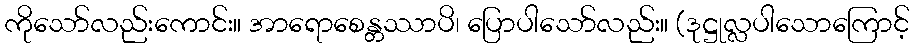
ကိုသော်လည်းကောင်း။ အာရောစေန္တဿာပိ၊ ပြောပါသော်လည်း။ (ဒုဋ္ဌုလ္လပါသောကြောင့်